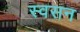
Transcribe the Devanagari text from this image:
स्वसन